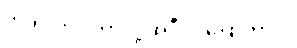
ဟုတ်လား၊ ဘာလို့ အဲဒီလို ပြောတာလဲ